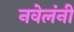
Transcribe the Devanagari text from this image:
नवेलंनी